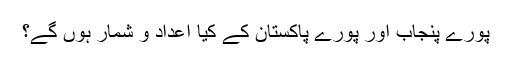
پورے پنجاب اور پورے پاکستان کے کیا اعداد و شمار ہوں گے؟